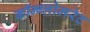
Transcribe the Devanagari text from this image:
कॉन्ग्लोमरेट